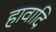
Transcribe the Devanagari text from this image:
हावादि